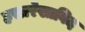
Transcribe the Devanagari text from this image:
हस्तरेखाविद